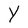
Character: Y